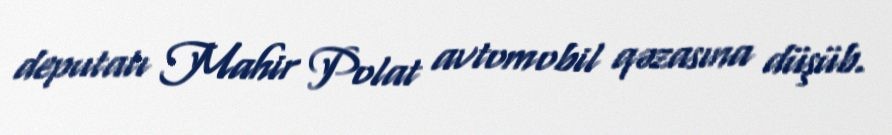
deputatı Mahir Polat avtomobil qəzasına düşüb.